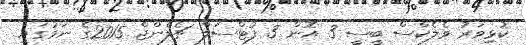
ކުޅިވަރު ވެލެކްސް ބީސީ 3 އޮން 3 ފުޓްސަލް ޗެލެންޖް 2015ގެ ނަމުގައި